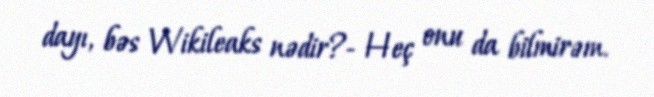
dayı, bəs Wikileaks nədir?- Heç onu da bilmirəm.